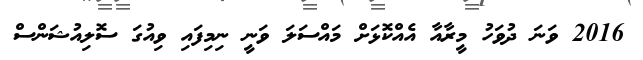
2016 ވަނަ ދުވަހު މީރާއާ އެއްކޮޅަށް މައްސަލަ ވަނީ ނިމިފައި ވިއުގަ ސޮލިއުޝަންސް